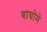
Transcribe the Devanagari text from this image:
बायोमे